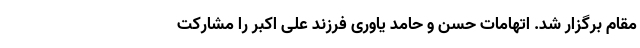
مقام برگزار شد. اتهامات حسن و حامد یاوری فرزند علی اکبر را مشارکت